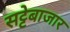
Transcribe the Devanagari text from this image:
सट्टेबाजार